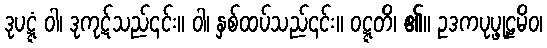
ဒုပဋ္ဋံ ဝါ၊ ဒုကုဋ်သည်၎င်း။ ဝါ၊ နှစ်ထပ်သည်၎င်း။ ဝဋ္ဋတိ၊ ၏။ ဥဒကပုပ္ဖုဠမိဝ၊